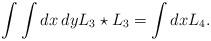
LaTeX: \begin{align*}\int \int dx \: dy L_{3} \star L_{3} = \int dx L_{4} . \end{align*}